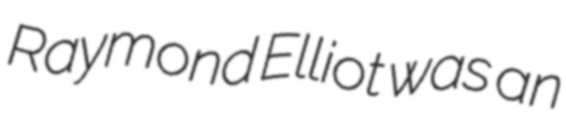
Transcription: Raymond Elliot was an